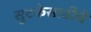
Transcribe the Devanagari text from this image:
सुटकेसाठीचे